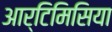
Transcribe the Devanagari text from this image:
आर्टिमिसिया